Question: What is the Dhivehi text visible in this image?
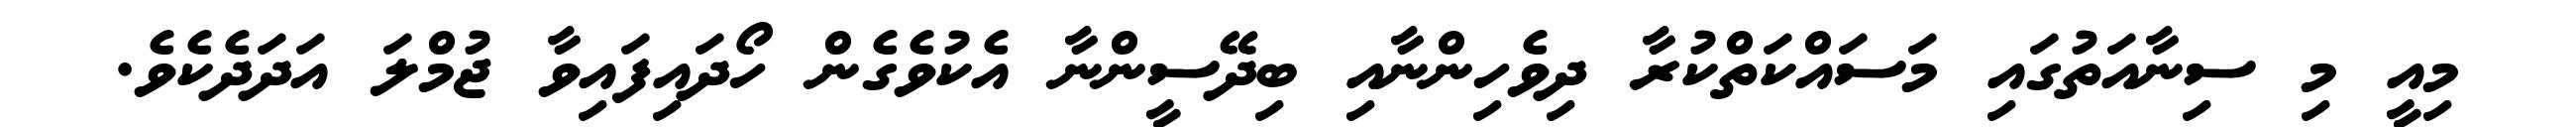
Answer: މިއީ މި ސިނާއަތުގައި މަސައްކަތްކުރާ ދިވެހިންނާއި ބިދޭސީންނާ އެކުވެގެން ހޯދައިފައިވާ ޖުމްލަ އަދަދެކެވެ.